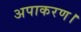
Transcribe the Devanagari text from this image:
अपाकरण।